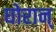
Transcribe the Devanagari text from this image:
घोरान्